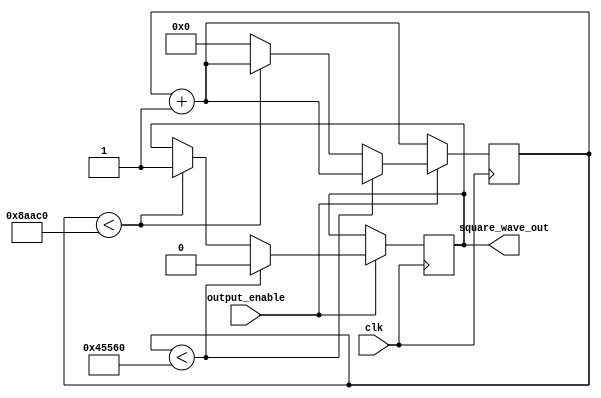
module tone_generator (
    input output_enable,
    input clk,
    output square_wave_out
);
    reg [19:0] clock_counter;
    
    reg sq_wave_reg;
    assign square_wave_out = sq_wave_reg;
    
    always @(posedge clk) begin
        clock_counter <= clock_counter + 1;
        if (output_enable) begin
            if (clock_counter < 284000)
                sq_wave_reg <= 1'b0;
            else if (clock_counter < 568000)
                sq_wave_reg <= 1'b1;
            else 
                clock_counter <= 0;
        end
     end

endmodule